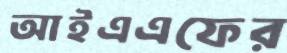
আইএএফের